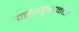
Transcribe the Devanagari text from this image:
महायुगामध्ये